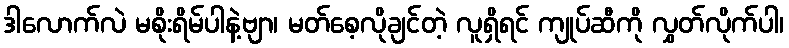
ဒါလောက်လဲ မစိုးရိမ်ပါနဲ့ဗျာ၊ မတ်စေ့လိုချင်တဲ့ လူရှိရင် ကျုပ်ဆီကို လွှတ်လိုက်ပါ၊